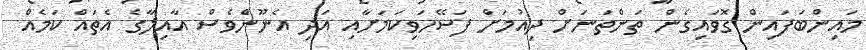
މައިންބަފައިން ގޮވައިގެން ތަންތަނަށް ދިއުމަށް ފަސޭހަވިކަމަށާއި އަދި އެނޫންެވެސް އާއިލާގެ އެތައް ކަމެއް